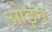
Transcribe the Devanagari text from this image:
ओइन